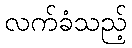
လက်ခံသည့်